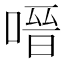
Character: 𭉟